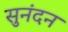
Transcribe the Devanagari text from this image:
सुनंदन